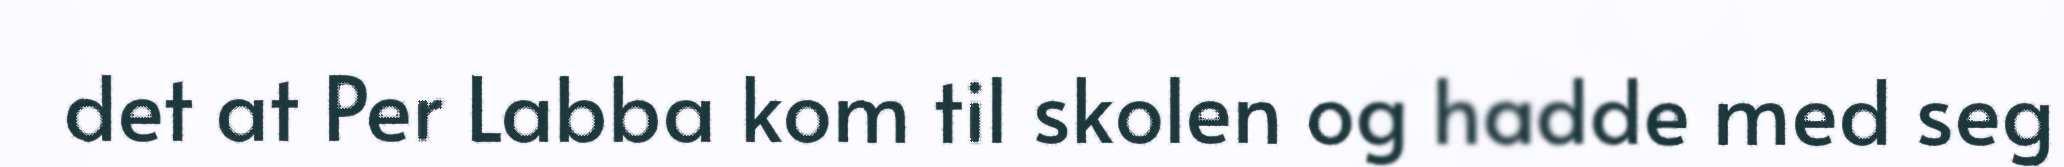
det at Per Labba kom til skolen og hadde med seg